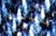
لسنة